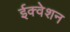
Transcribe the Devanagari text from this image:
ईक्वेशन